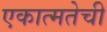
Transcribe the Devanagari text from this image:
एकात्मतेची